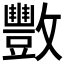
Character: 𫿩